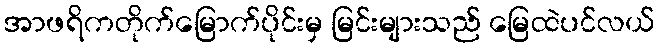
အာဖရိကတိုက်မြောက်ပိုင်းမှ မြင်းများသည် မြေထဲပင်လယ်